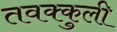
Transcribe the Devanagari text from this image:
तवक्कुली